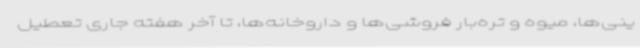
ینی‌ها، میوه و تره‌بار فروشی‌ها و داروخانه‌ها، تا آخر هفته جاری تعطیل